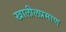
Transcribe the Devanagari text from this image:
खालीलप्रमाण